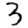
Digit: 3